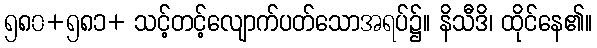
၅၈၀+၅၈၁+ သင့်တင့်လျောက်ပတ်သောအရပ်၌။ နိသီဒိ၊ ထိုင်နေ၏။